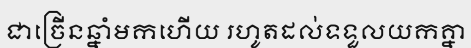
ជាច្រើនឆ្នាំមកហើយ រហូតដល់ទទួលយកគ្នា